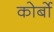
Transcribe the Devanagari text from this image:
कोर्बो